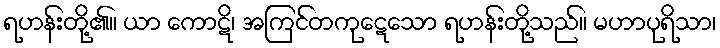
ရဟန်းတို့၏။ ယာ ကောဋိ၊ အကြင်တကုဋေသော ရဟန်းတို့သည်။ မဟာပုရိသာ၊